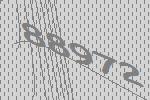
88972